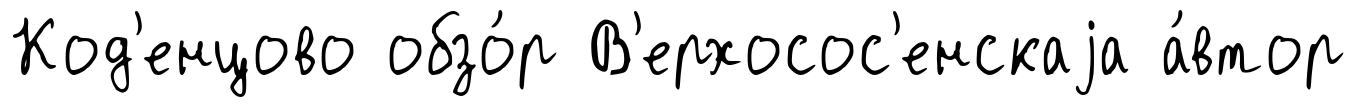
Код'енцово обзо́р В'ерхосос'енскаjа а́втор